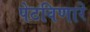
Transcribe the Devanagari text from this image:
पेटविणारे